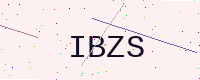
Text: IBZS